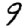
Digit: 9